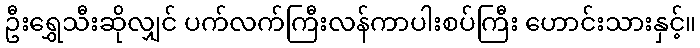
ဦးရွှေသီးဆိုလျှင် ပက်လက်ကြီးလန်ကာပါးစပ်ကြီး ဟောင်းသားနှင့်။